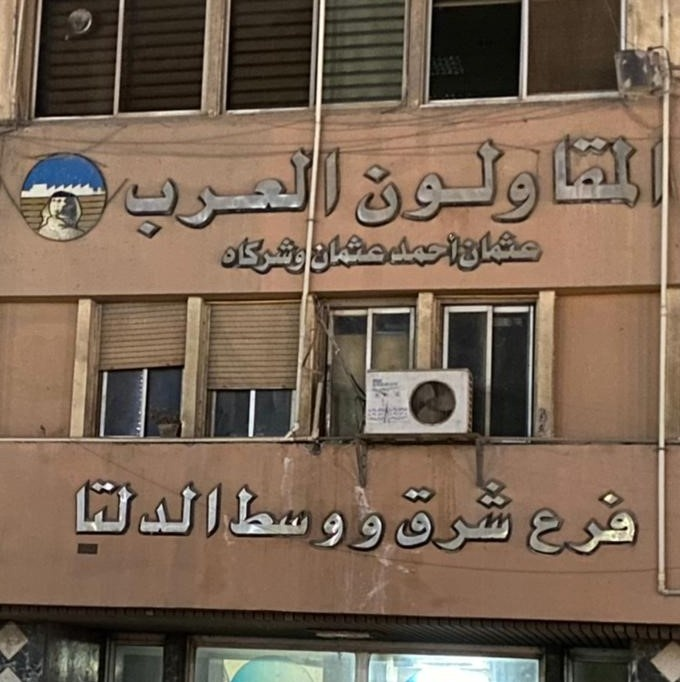
Text in image: المقاولون العرب عثمان أحمد عثمان وشركاه الدلتا شرق ووسط فرع